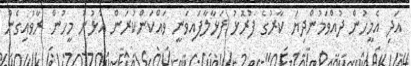
އަދި އެމީހުން ދުއްވަމުންދިޔަ ކާރުގެ ފުރޮޅު ފަޅާލާފައިވަނީ ވައްކަންކުރަން އުޅުނު މީހުން ރާވައިގެން